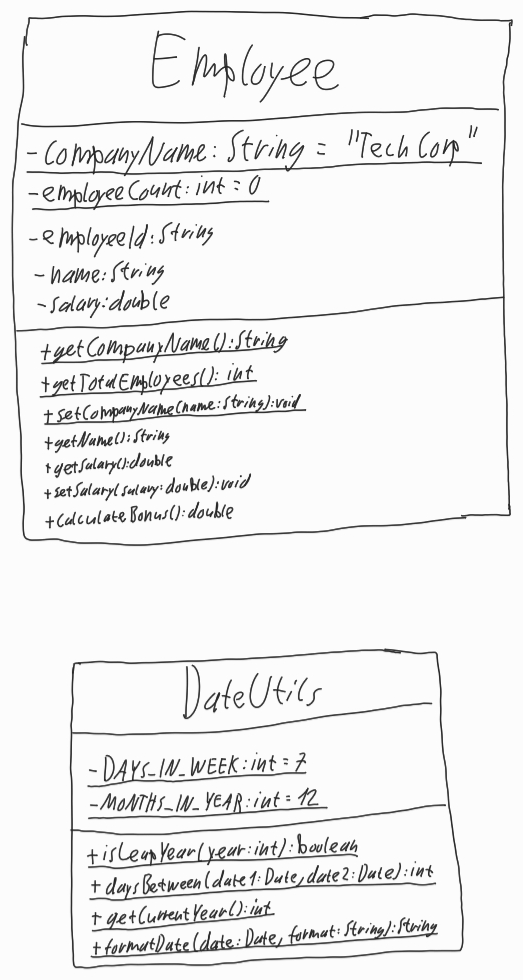
Diagram type: class_diagram
```plantuml
@startuml

class Employee {
  - {static} companyName: String = "TechCorp"
  - {static} employeeCount: int = 0
  - employeeId: String
  - name: String
  - salary: double
  + {static} getCompanyName(): String
  + {static} getTotalEmployees(): int
  + {static} setCompanyName(name: String): void
  + getName(): String
  + getSalary(): double
  + setSalary(salary: double): void
  + calculateBonus(): double
}

class DateUtils {
  - {static} DAYS_IN_WEEK: int  = 7
  - {static} MONTHS_IN_YEAR: int = 12
  + {static} isLeapYear(year: int): boolean
  + {static} daysBetween(date1: Date, date2: Date): int
  + {static} getCurrentYear(): int
  + {static} formatDate(date: Date, format: String): String
}

@enduml
```